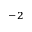
^ { - 2 }